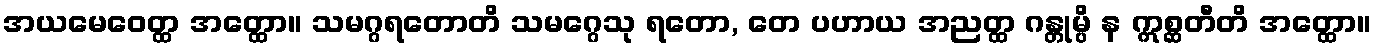
အယမေဝေတ္ထ အတ္ထော။ သမဂ္ဂရတောတိ သမဂ္ဂေသု ရတော, တေ ပဟာယ အညတ္ထ ဂန္တုမ္ပိ န ဣစ္ဆတီတိ အတ္ထော။